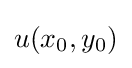
u(x_{0},y_{0})